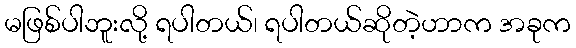
မဖြစ်ပါဘူးလို့ ရပါတယ်၊ ရပါတယ်ဆိုတဲ့ဟာက အခုက